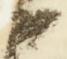
候